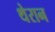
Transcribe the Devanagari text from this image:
थेरान